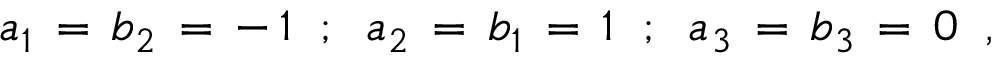
a _ { 1 } \, = \, b _ { 2 } \, = \, - \, 1 \; \; ; \; \; a _ { 2 } \, = \, b _ { 1 } \, = \, 1 \; \; ; \; \; a _ { 3 } \, = \, b _ { 3 } \, = \, 0 \; \; ,